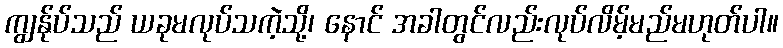
ကျွန်ုပ်သည် ယခုမလုပ်သကဲ့သို့၊ နောင် အခါတွင်လည်းလုပ်လိမ့်မည်မဟုတ်ပါ။